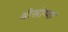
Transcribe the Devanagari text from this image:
श्रीसोम्या